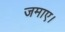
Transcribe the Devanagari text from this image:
जमाए।